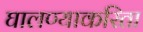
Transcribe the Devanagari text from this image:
घालण्याकरिता